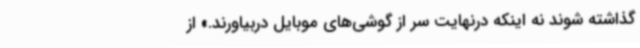
گذاشته شوند نه‌ اینکه درنهایت سر از گوشی‌های موبایل دربیاورند.»‌ از